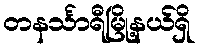
တနင်္သာရီမြို့နယ်ရှိ